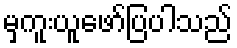
မှကူးယူဖော်ပြပါသည်